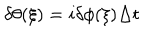
LaTeX: \delta \theta ( \xi ) = i \delta \phi ( \xi ) \Delta t